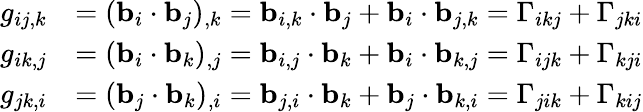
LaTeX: {\begin{array}{rl}{g_{ij,k}}&{=(\mathbf{b}_{i}\cdot\mathbf{b}_{j})_{,k}=\mathbf{b}_{i,k}\cdot\mathbf{b}_{j}+\mathbf{b}_{i}\cdot\mathbf{b}_{j,k}=\Gamma_{ikj}+\Gamma_{jki}}\\ {g_{ik,j}}&{=(\mathbf{b}_{i}\cdot\mathbf{b}_{k})_{,j}=\mathbf{b}_{i,j}\cdot\mathbf{b}_{k}+\mathbf{b}_{i}\cdot\mathbf{b}_{k,j}=\Gamma_{ijk}+\Gamma_{kji}}\\ {g_{jk,i}}&{=(\mathbf{b}_{j}\cdot\mathbf{b}_{k})_{,i}=\mathbf{b}_{j,i}\cdot\mathbf{b}_{k}+\mathbf{b}_{j}\cdot\mathbf{b}_{k,i}=\Gamma_{jik}+\Gamma_{kij}}\end{array}}